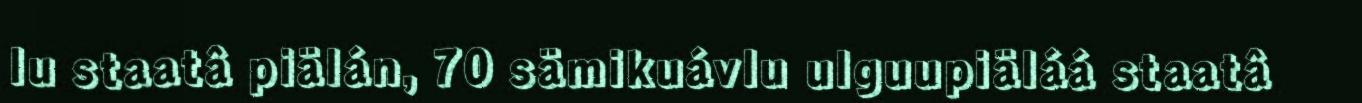
lu staatâ piälán, 70 sämikuávlu ulguupiäláá staatâ